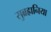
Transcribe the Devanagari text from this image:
सुब्रह्मनिया